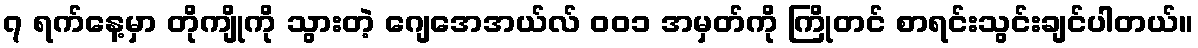
၇ ရက်နေ့မှာ တိုကျိုကို သွားတဲ့ ဂျေအေအယ်လ် ၀၀၁ အမှတ်ကို ကြိုတင် စာရင်းသွင်းချင်ပါတယ်။